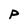
Character: p